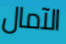
الآمال